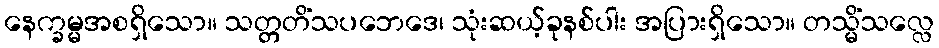
နေက္ခမ္မအစရှိသော။ သတ္တတိံသပဘေဒေ၊ သုံးဆယ့်ခုနစ်ပါး အပြားရှိသော။ တသ္မိံသလ္လေ